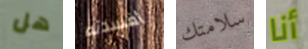
هل أفسدته سلامتك أنا